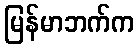
မြန်မာဘက်က